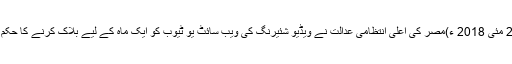
اتوار 27 مئی 2018 ء)مصر کی اعلیٰ انتظامی عدالت نے ویڈیو شئیرنگ کی ویب سائٹ یو ٹیوب کو ایک ماہ کے لیے بلاک کرنے کا حکم دیا ہے۔